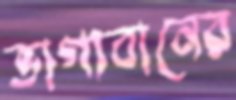
ভাগ্যবানের